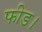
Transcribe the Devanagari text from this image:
फीड।